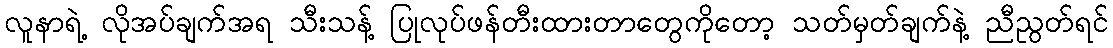
လူနာရဲ့ လိုအပ်ချက်အရ သီးသန့် ပြုလုပ်ဖန်တီးထားတာတွေကိုတော့ သတ်မှတ်ချက်နဲ့ ညီညွတ်ရင်